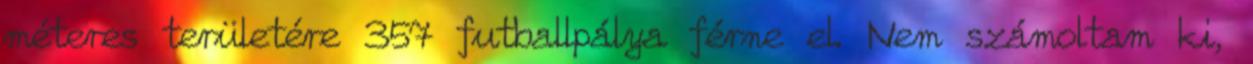
méteres területére 357 futballpálya férne el. Nem számoltam ki,